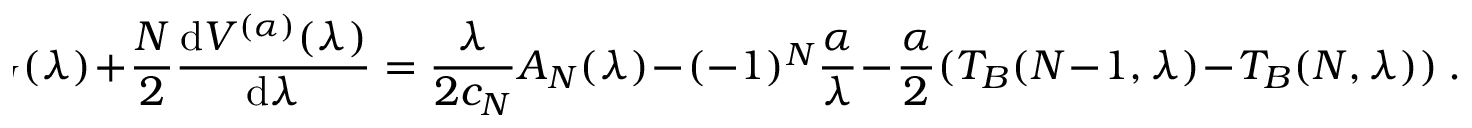
\! \! \! \! \! \! \! \! B _ { N } ( \lambda ) + \frac { N } { 2 } \frac { \mathrm { d } V ^ { ( \alpha ) } ( \lambda ) } { \mathrm { d } \lambda } = \frac { \lambda } { 2 c _ { N } } A _ { N } ( \lambda ) - ( - 1 ) ^ { N } \frac { \alpha } { \lambda } - \frac { \alpha } { 2 } ( T _ { B } ( N - 1 , \lambda ) - T _ { B } ( N , \lambda ) ) \ .